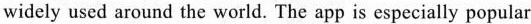
widely used around the world. The app is especially popular